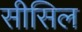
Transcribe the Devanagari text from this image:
सीसिल